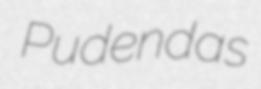
Pudendas